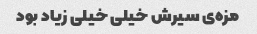
مزه‌ی سیرش خیلی خیلی زیاد بود